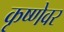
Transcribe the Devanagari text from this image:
कृष्णेवर